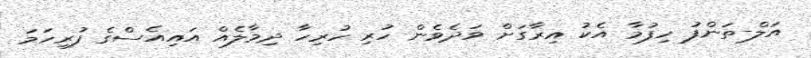
އަލް-ތަންފު ހިފުމާ އެކު އިރާގަށް ވަދެވެން ހުރި ހުރިހާ ދިމާލެއް އައިއެސްގެ ފުރިހަމަ